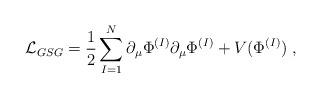
LaTeX: \begin{align*}{\cal L}_{GSG} =\frac{1}{2} \sum_{I=1}^N \partial_\mu \Phi^{(I)} \partial_\mu \Phi^{(I)}+ V( \Phi^{(I)} ) \; ,\end{align*}